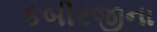
કબીરજીના